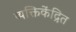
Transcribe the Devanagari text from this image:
व्यक्तिकेंद्रित